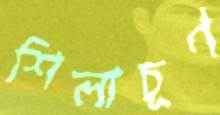
শিলাচূর্ণ